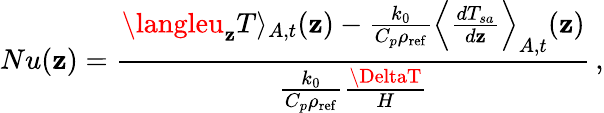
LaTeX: Nu(\mathbf{z})=\frac{{\langleu_{\mathbf{z}}T\rangle_{A,t}(\mathbf{z})-\frac{{k_{0}}}{{C_{p}\rho_{\mathrm{{ref}}}}}\Big\langle\frac{{dT_{sa}}}{{d\mathbf{z}}}\Big\rangle_{A,t}(\mathbf{z})}}{{\frac{{k_{0}}}{{C_{p}\rho_{\mathrm{{ref}}}}}\frac{{\DeltaT}}{{H}}}}\, ,